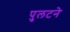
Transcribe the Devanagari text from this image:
पुलटने